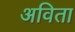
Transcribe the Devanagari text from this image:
अविता